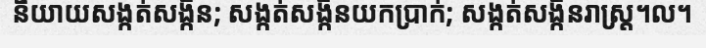
និយាយសង្កត់សង្កិន; សង្កត់សង្កិនយកប្រាក់; សង្កត់សង្កិនរាស្ត្រ។ល។